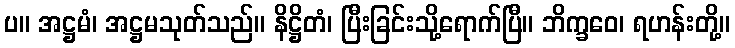
ပ။ အဋ္ဌမံ၊ အဋ္ဌမသုတ်သည်။ နိဋ္ဌိတံ၊ ပြီးခြင်းသို့ရောက်ပြီ။ ဘိက္ခဝေ၊ ရဟန်းတို့။